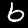
Digit: 6